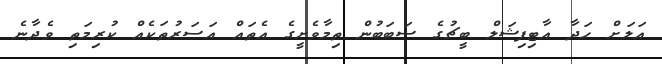
އަލަށް ހަދާ އާޓިފިޝަލް ބީޗުގެ ސަބަބުން ތިމާވެށީގެ އެތައް އަސަރުތަކެއް ކުރިމަތި ވެދާނެ